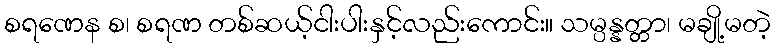
စရဏေန စ၊ စရဏ တစ်ဆယ့်ငါးပါးနှင့်လည်းကောင်း။ သမ္ပန္နတ္တာ၊ မချို့မတဲ့